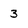
Character: 3